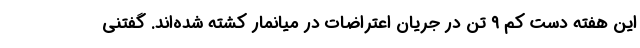
این هفته دست کم ۹ تن در جریان اعتراضات در میانمار کشته شده‌اند. گفتنی